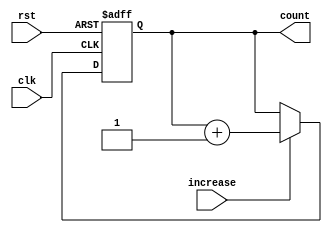
`timescale 1 ns/ 1 ps

module TOP(clk,rst,increase,count);
input clk;
input rst;
/*input signals*/
input increase;
/*output signals*/
output [7:0] count;


/*define intermediate signals*/
reg [7:0] count;

always  @(posedge clk or negedge rst)
begin
    if(!rst)
         begin
             count <=  3'b0;
         end
    else if(increase)
         begin
             count <=  count+1;
         end
end

endmodule